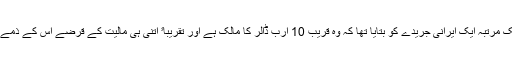
بابک زنجانی نے ایک مرتبہ ایک ایرانی جریدے کو بتایا تھا کہ وہ قریب 10 ارب ڈالر کا مالک ہے اور تقریباﹰ اتنی ہی مالیت کے قرضے اس کے ذمے واجب الادا بھی ہیں۔